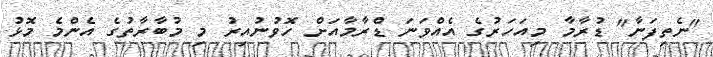
"ނެތިފަނާ" ޑުރާމާ މިއަހަރުގެ އެއްވަނަ ޑްރާމާއަށް ހޮވުނުއިރު މި މުބާރާތުގެ އެންމެ މޮޅު